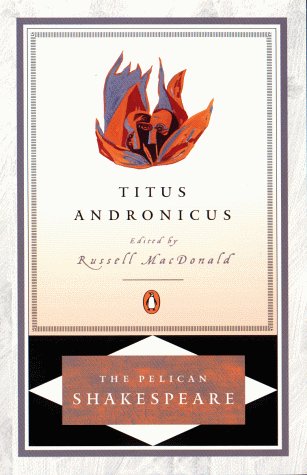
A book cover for Titus Andronicus (The Pelican Shakespeare); William Shakespeare; Literature & Fiction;